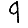
Digit: 9